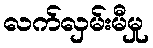
လက်လှမ်းမီမှု